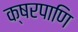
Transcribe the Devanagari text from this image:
क्षरपाणि